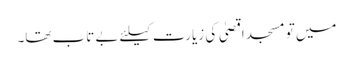
میں تو مسجد اقصیٰ کی زیارت کیلئے بے تاب تھا۔